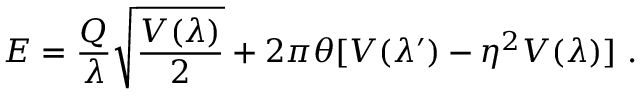
E = \frac { Q } { \lambda } \sqrt { \frac { V ( \lambda ) } { 2 } } + 2 \pi \theta [ V ( \lambda ^ { \prime } ) - \eta ^ { 2 } V ( \lambda ) ] ~ .